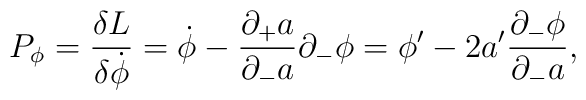
P_\phi={{\delta L}\over{\delta\dot\phi}}=\dot\phi-{{\partial_+a}\over{\partial_-a}}\partial_-\phi=\phi'-{2a'}{{\partial_-\phi}\over{\partial_-a}},